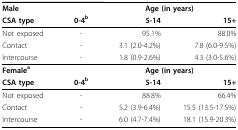
| Male |  | <COLSPAN=2> Age (in years) |
 | CSA type | 0-4b | 5-14 | 15+ |
 | --- | --- | --- | --- |
 | Not exposed | - | 95.1% | 88.0% |
 | Contact | - | 3.1 (2.0-4.2%) | 7.8 (6.0-9.5%) |
 | Intercourse | - | 1.8 (0.9-2.6%) | 4.3 (3.0-5.6%) |
 | Femalea |  | <COLSPAN=2> Age (in years) |
 | CSA type | 0-4b | 5-14 | 15+ |
 | Not exposed | - | 88.8% | 66.4% |
 | Contact | - | 5.2 (3.9-6.4%) | 15.5 (13.5-17.5%) |
 | Intercourse | - | 6.0 (4.7-7.4%) | 18.1 (15.9-20.3%) |